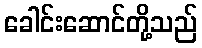
ခေါင်းဆောင်တို့သည်